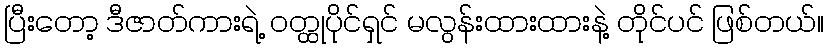
ပြီးတော့ ဒီဇာတ်ကားရဲ့ ဝတ္ထုပိုင်ရှင် မလွန်းထားထားနဲ့ တိုင်ပင် ဖြစ်တယ်။